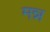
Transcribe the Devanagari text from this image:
मन्न